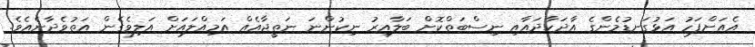
އެއަށްފަހު އަޅުގަނޑުމެންގެ އާދަކާދައާއި ނިސްބަތްކޮށް ބަލާއިރު ނިކުންނަ ނަތީޖާއެއް އަމިއްލައަށް އަލިވެގެން އަތުވެދާނެއެވެ.